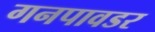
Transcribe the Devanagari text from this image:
गनपावडर